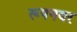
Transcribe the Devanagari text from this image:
रूपनवर